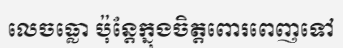
លេចធ្លោ ប៉ុន្តែក្នុងចិត្តពោរពេញទៅ